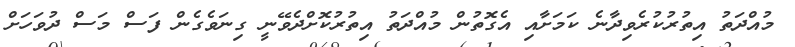
މުއްދަތު އިތުރުކުރެވިދާނެ ކަމަށާއި އެގޮތުން މުއްދަތު އިތުރުކޮށްދެވޭނީ ގިނަވެގެން ފަސް މަސް ދުވަހަށް